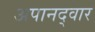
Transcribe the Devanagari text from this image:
अपानद्वार